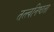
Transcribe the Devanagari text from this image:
तत्त्वनिष्ठता